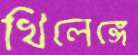
খিলেঙ্গে